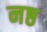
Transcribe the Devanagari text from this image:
नष्ठ